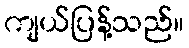
ကျယ်ပြန့်သည်။